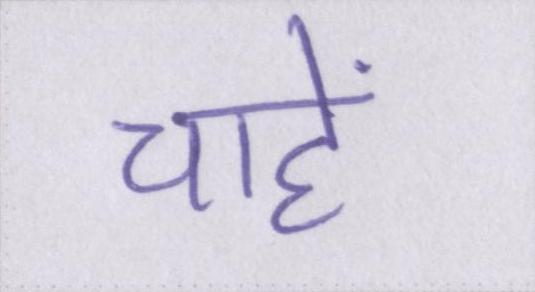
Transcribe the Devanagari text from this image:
चाहें